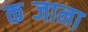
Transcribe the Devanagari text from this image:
कब्जाना